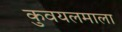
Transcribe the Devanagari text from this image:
कुवयलमाला